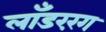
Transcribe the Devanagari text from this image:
लाँडररंग